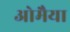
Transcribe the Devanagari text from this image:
ओमैया